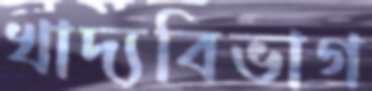
খাদ্যবিভাগ